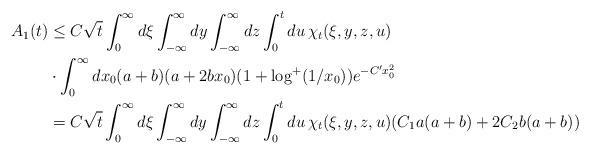
LaTeX: \begin{align*}A_1(t) &\le C\sqrt{t}\int_0^\infty d\xi\int_{-\infty}^{\infty}dy\int_{-\infty}^{\infty}dz \int_0^t du\, \chi_t(\xi, y, z, u)\\ &\cdot \int_0^\infty dx_0 (a+b)(a+2b x_0)(1+\log^+(1/x_0))e^{-C'x_0^2}\\ &=C\sqrt{t}\int_0^\infty d\xi\int_{-\infty}^{\infty}dy\int_{-\infty}^{\infty}dz \int_0^t du\, \chi_t(\xi, y, z, u) (C_1a(a+b)+2C_2b(a+b)) \end{align*}